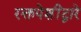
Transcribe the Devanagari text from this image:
रक्तपेशींद्वारे